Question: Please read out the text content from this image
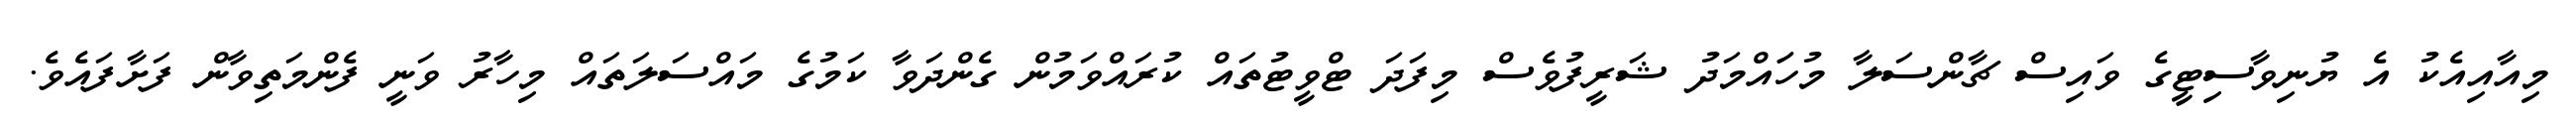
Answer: މިއާއިއެކު އެ ޔުނިވާސިޓީގެ ވައިސް ޗާންސަލާ މުހަައްމަދު ޝަރީފުވެސް މިފަދަ ޓްވީޓުތައް ކުރައްވަމުން ގެންދަވާ ކަމުގެ މައްސަލަތައް މިހާރު ވަނީ ފެންމަތިވާން ފަށާފައެވެ.